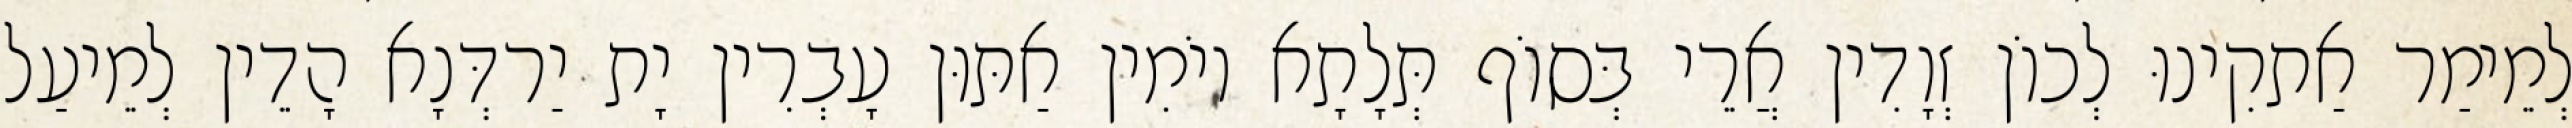
לְמֵימַר אַתקִינוּ לְכוֹן זְוָדִין אֲרֵי בְּסוֹף תְּלָתָא יוֹמִין אַתּוּן עָבְרִין יָת יַרדְּנָא הָדֵין לְמֵיעַל